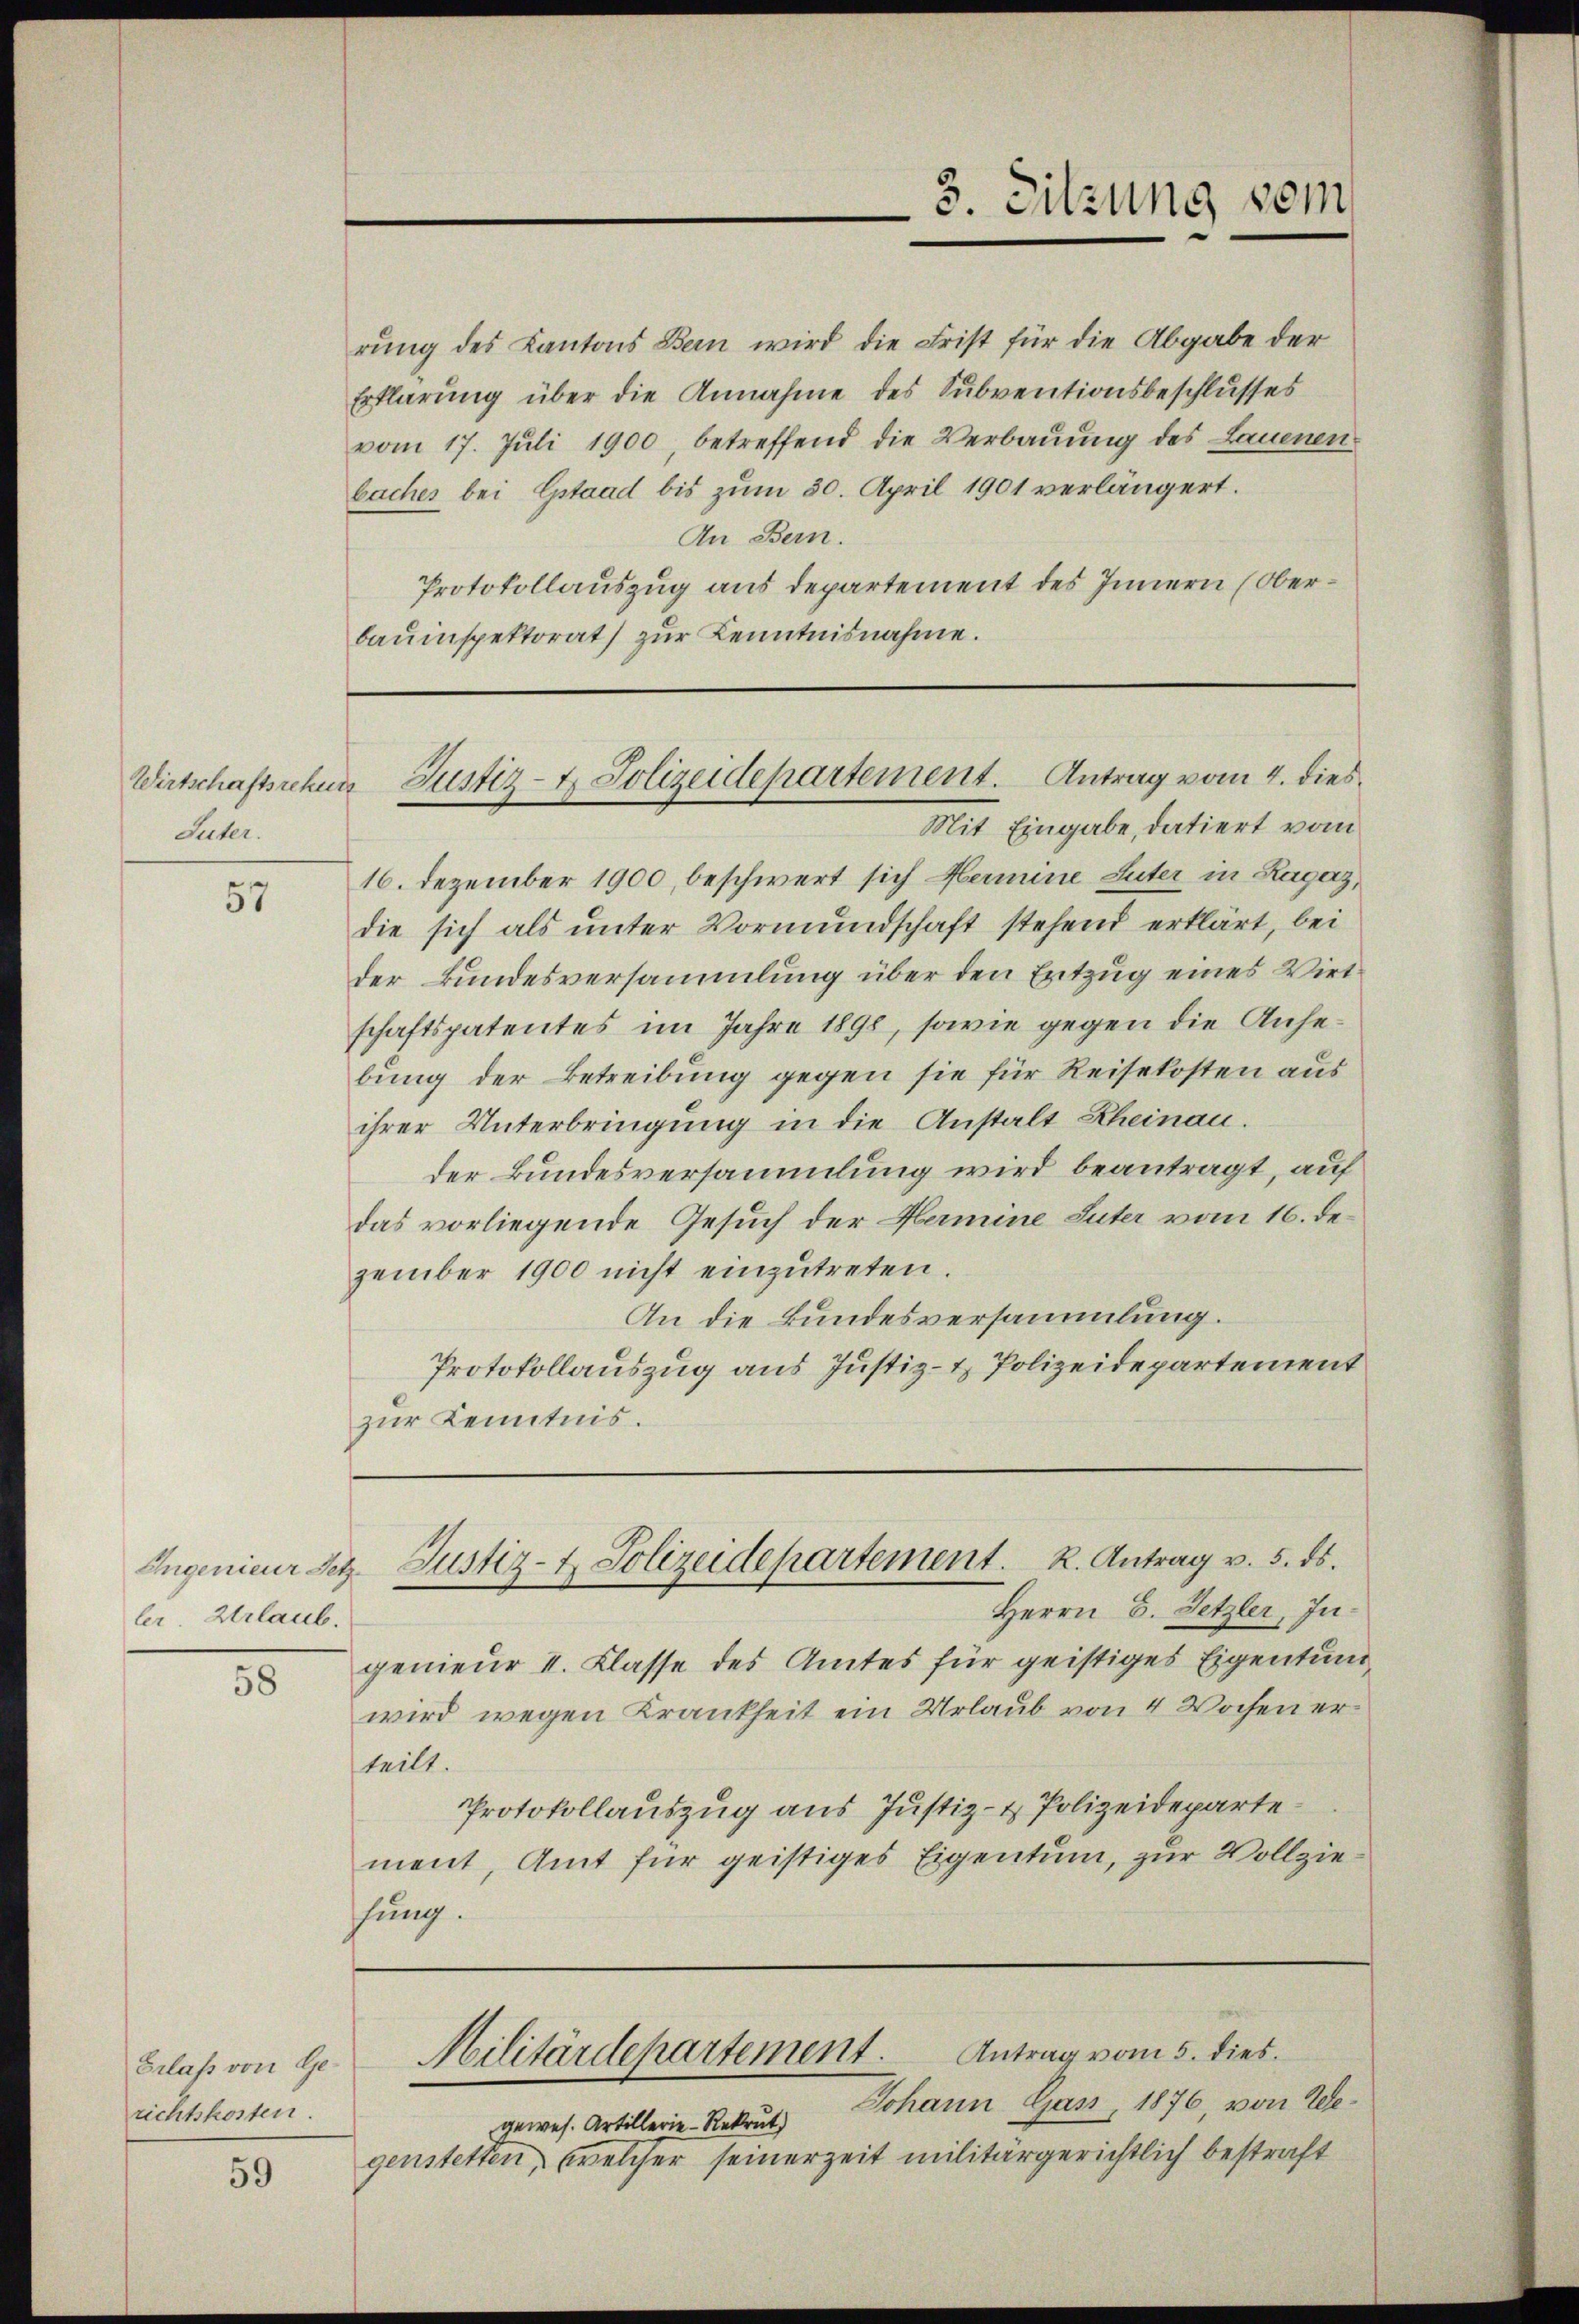
Wirtschaftsrehung
Suter.

57

ler Urlaub.

58

Erlaß von Gerichtskosten.

59

rung des Kantons Bern wird die Frist für die Abgabe der
Erklärung über die Annahme des Subventionsbeschlusses
vom 17. Juli 1900, betreffend die Verbauung des Lauenen
baches bei Gstaad bis zum 30. April 1901 verlängert.
An Bern.
Protokollauszug aus departement des Innern (Oberbauinspektorat) zŭr Kenntnisnahme.

Mit Eingabe, datiert vom
16. Dezember 1900, beschwert sich Hermine Suter in Ragaz,
die sich als unter Vormundschaft stehend erklärt, bei
der Bundesversammlung über den Entzug eines Wirt
schaftspatentes im Jahre 1890, sowie gegen die Ansebung der Betreibung gegen sie für Reisekosten aus
ihrer Unterbringung in die Anstalt Rheinau.
der Bundesversammlung wird beantragt, auf
das vorliegende Gesuch der Hermine Suter vom 16. dezember 1900 nicht einzŭtreten.
An die Bundesversammlung.
Protokollauszug aus Justiz- & Polizeidepartement
zur Kenntnis.

3. Sitzung vom

Justiz- u. Polizeidepartement. Antrag vom 4. dies

Ingenieur dez. Justiz- & Polizeidepartement. R. Antrag v. 5. ds.

Herrn E. Setzler, Ingenieur II. Klasse des Amtes für geistiges Eigentund
wird wegen Krankheit ein Urlaub von 4 Wochen erteilt.
Protokollauszug aus Justiz- & Polizeidepartement, Amt für geistiges Eigentum, zur Vollziehung.

Militärdepartement. Antrag vom 5. dies

Johann Gass, 1876, von Alegewes. Artillerie-Rekrut)
genstetten, welcher seinerzeit militärgerichtlich bestraft